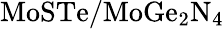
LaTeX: \mathrm{MoSTe/MoGe_{2}N_{4}}